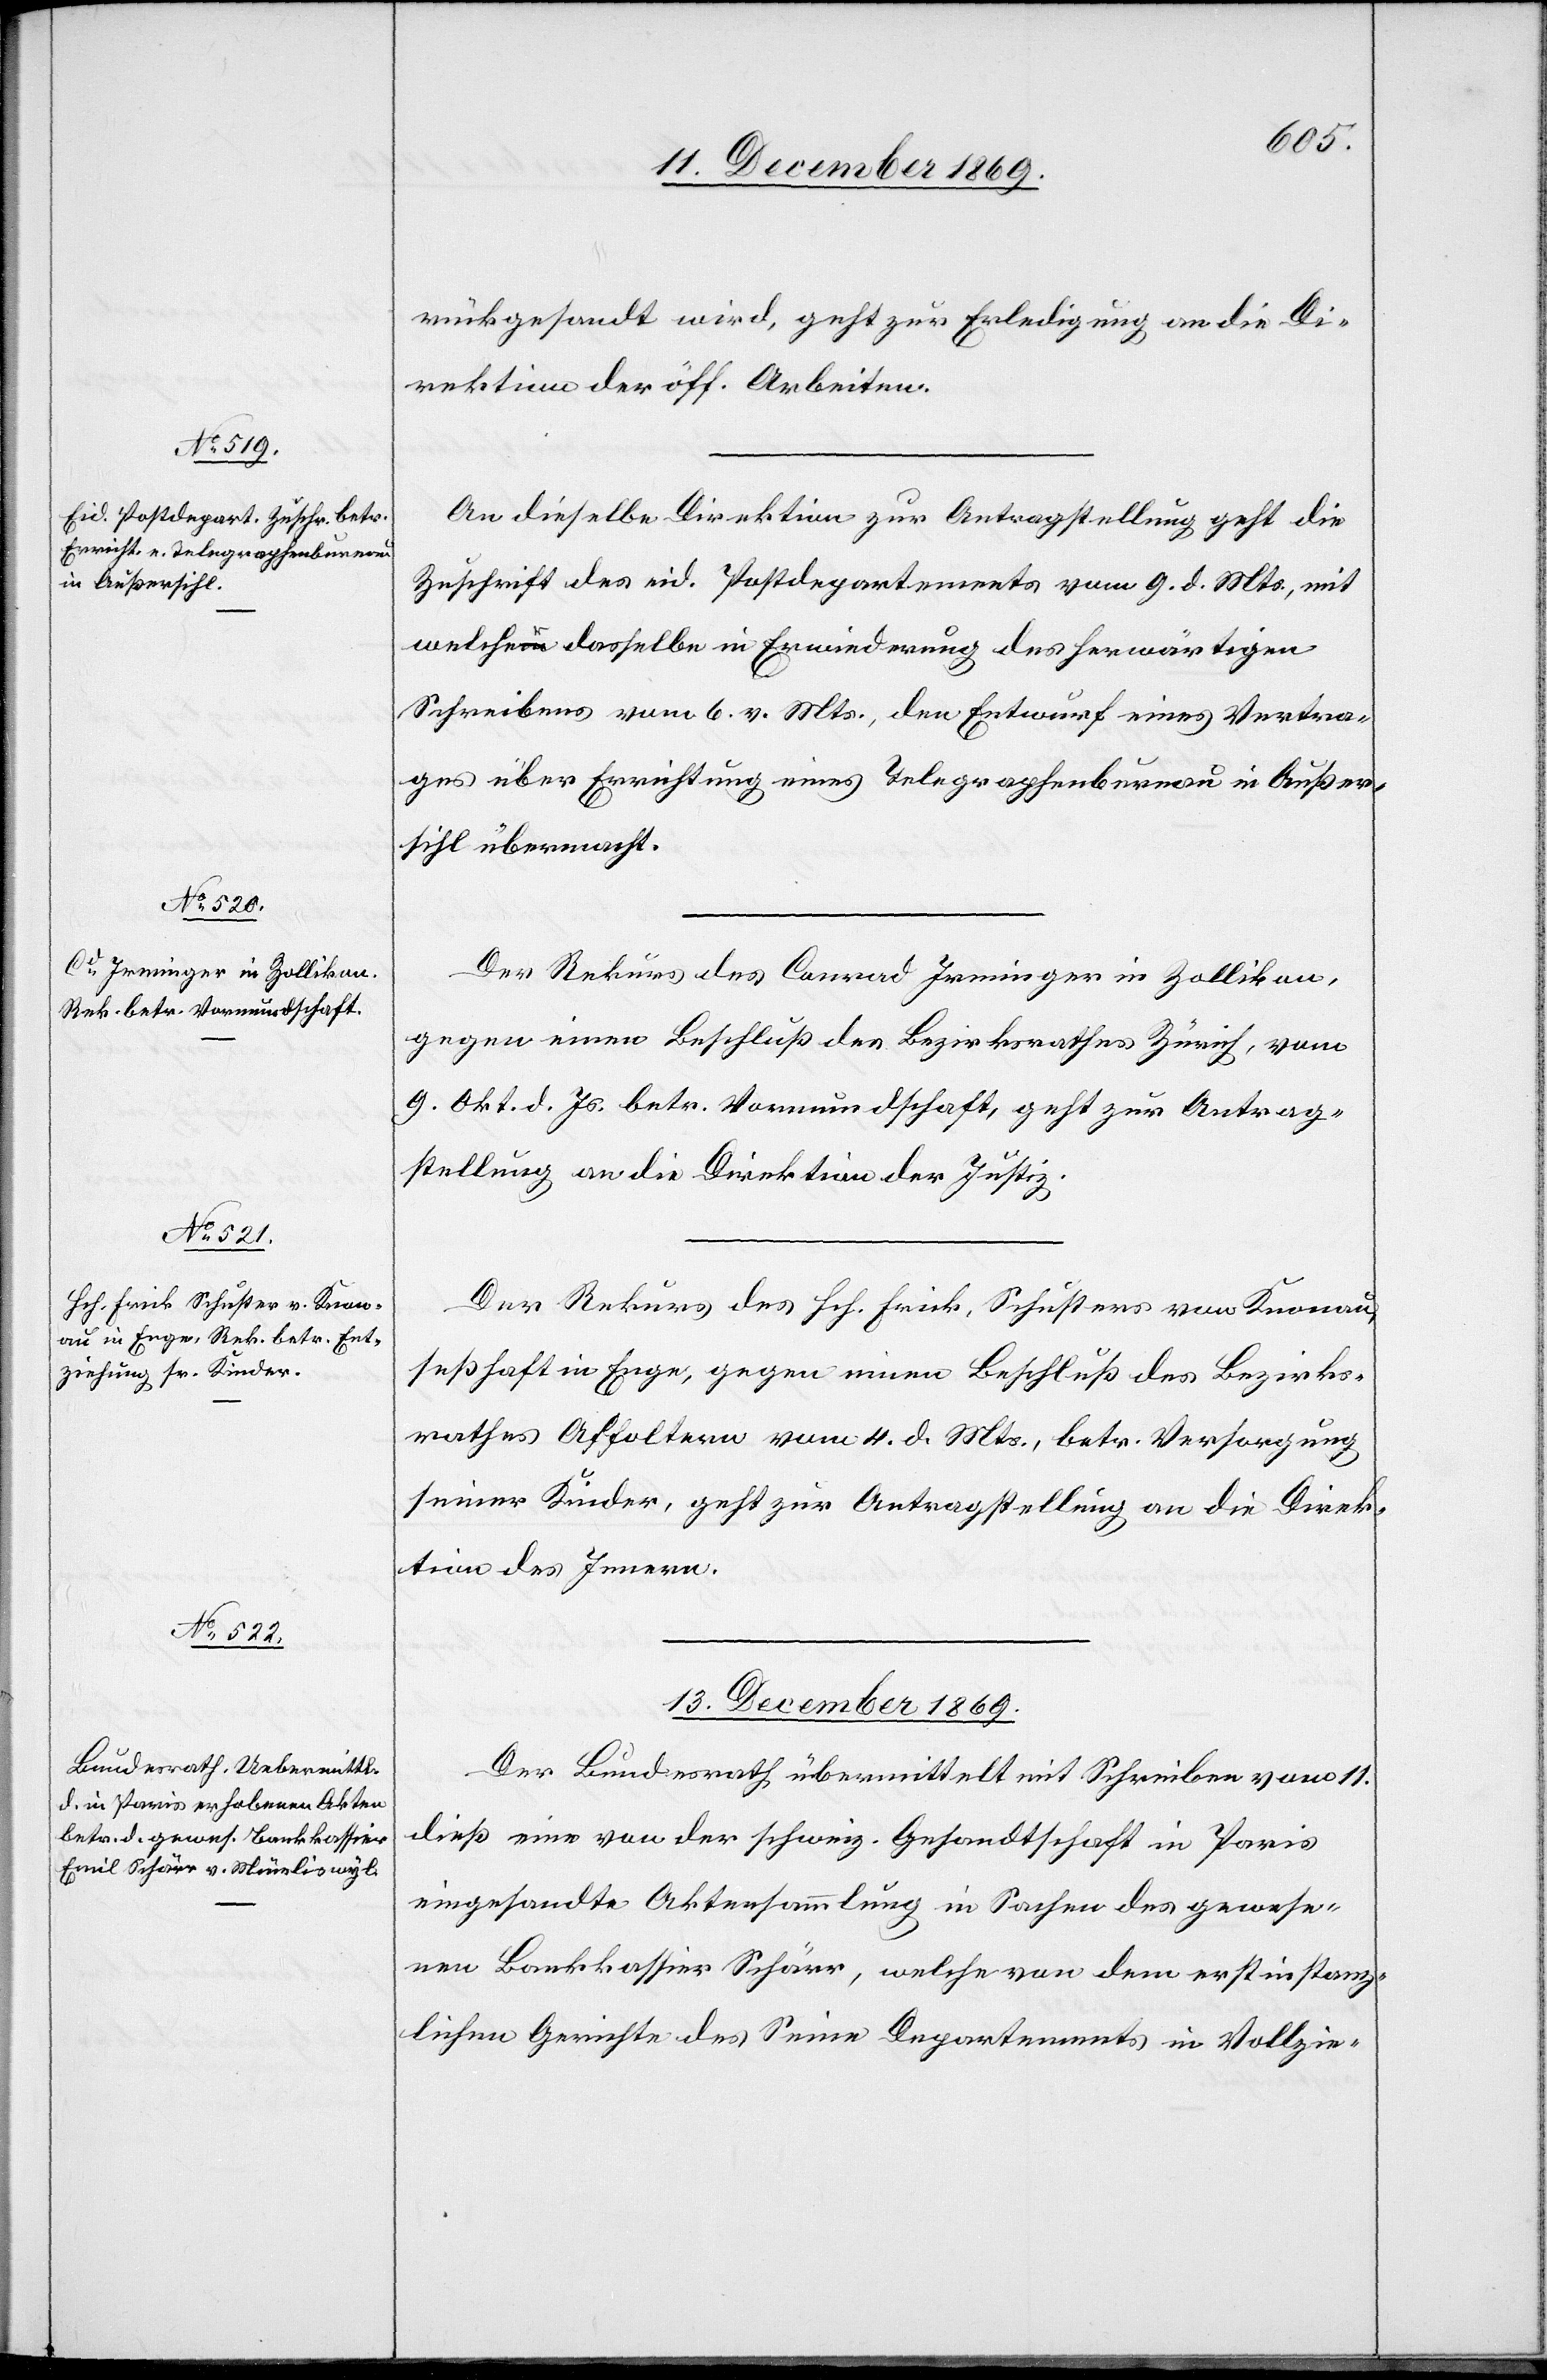
11. December 1869.]
rückgesandt wird, geht zur Erledigung an die Di¬
rektion der öff. Arbeiten.
An dieselbe Direktion zur Antragstellung geht die
Zuschrift des eid. Postdepartements vom 9. d. Mts., mit
welcher dasselbe in Erwiederung des herwärtigen
Schreibens vom 6. v. Mts., den Entwurf eines Vertra¬
ges über Errichtung eines Telegraphenbureau in Außer¬
sihl übermacht.
Der Rekurs des Conrad Irminger in Zollikon,
gegen einen Beschluß des Bezirksrathes Zürich, vom
9. Okt. d. Js. betr. Vormundschaft, geht zur Antrag¬
stellung an die Direktion der Justiz.
Der Rekurs des Hch. Frick, Schusters von Knonau,
seßhaft in Enge, gegen einen Beschluß des Bezirks¬
rathes Affoltern vom 4. d. Mts., betr. Versorgung
seiner Kinder, geht zur Antragstellung an die Direk¬
tion des Innern.
13. December 1869.
Der Bundesrath übermittelt mit Schreiben vom 11.
dieß eine von der schweiz. Gesandtschaft in Paris
eingesandte Aktensammlung in Sachen des gewese¬
nen Bankkassier Schärr, welche von dem erstinstanz¬
lichen Gerichte des Seine Departements in Vollzie-